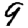
Digit: 9